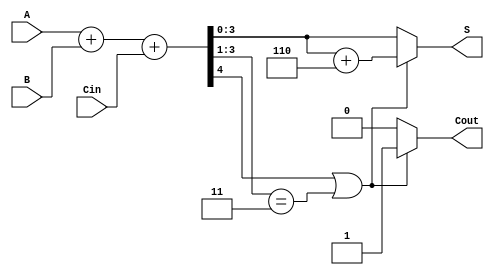
module BCD_Ripple_Carry_Adder (
    input [3:0] A,        // BCD input A
    input [3:0] B,        // BCD input B
    input Cin,            // Carry-in
    output reg [3:0] S,   // BCD sum output
    output reg Cout       // Carry-out
);

    wire [4:0] sum;      // 5 bits to hold the sum and carry
    wire correction;      // Signal to indicate if correction is needed

    // Calculate the initial sum using a 4-bit ripple carry adder
    assign sum = A + B + Cin;

    // Determine if correction is needed (S >= 10)
    assign correction = (sum[4] || (sum[3:1] == 3'b011));

    always @(*) begin
        if (correction) begin
            // If correction is needed, add 6 (0110)
            S = sum[3:0] + 4'b0110;
            Cout = 1; // Set carry-out to 1 since we have a correction
        end else begin
            S = sum[3:0]; // Use the direct sum
            Cout = 0; // No carry-out
        end
    end

endmodule